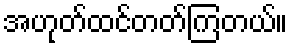
အဟုတ်ထင်တတ်ကြတယ်။